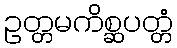
ဥတ္တမကိစ္ဆပတ္တံ